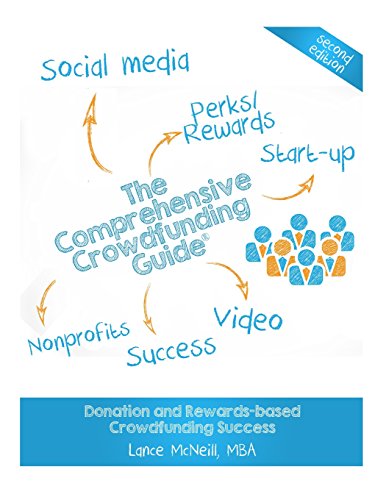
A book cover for The Comprehensive Crowdfunding Guide: Donation and Rewards-based Crowdfunding Success; Lance Joseph McNeill; Business & Money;